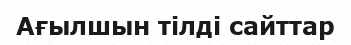
Ағылшын тілді сайттар